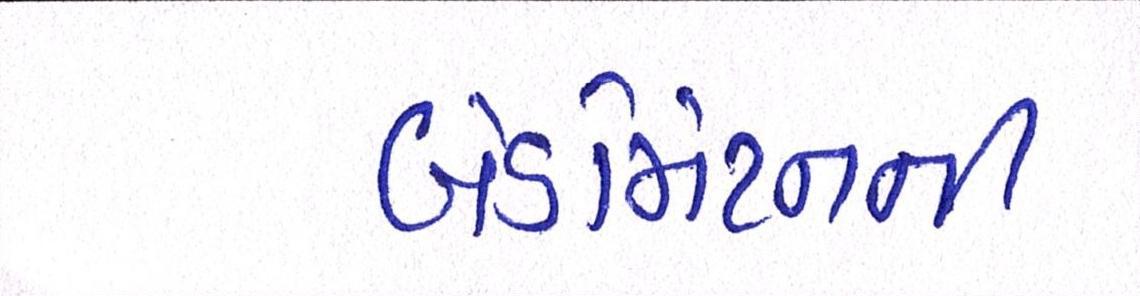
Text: બેડમિંટનની